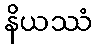
နိယဿံ